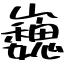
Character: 巍